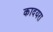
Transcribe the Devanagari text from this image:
कादयरा